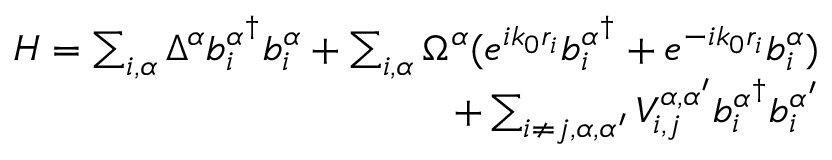
\begin{array} { r } { H = \sum _ { i , \alpha } \Delta ^ { \alpha } b _ { i } ^ { \alpha ^ { \dagger } } b _ { i } ^ { \alpha } + \sum _ { i , \alpha } \Omega ^ { \alpha } ( e ^ { i k _ { 0 } r _ { i } } b _ { i } ^ { \alpha ^ { \dagger } } + e ^ { - i k _ { 0 } r _ { i } } b _ { i } ^ { \alpha } ) } \\ { + \sum _ { i \neq j , \alpha , \alpha ^ { \prime } } V _ { i , j } ^ { \alpha , \alpha ^ { \prime } } b _ { i } ^ { \alpha ^ { \dagger } } b _ { i } ^ { \alpha ^ { \prime } } } \end{array}